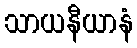
သာယနီယာနံ